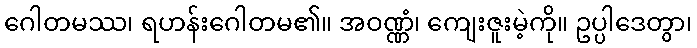
ဂေါတမဿ၊ ရဟန်းဂေါတမ၏။ အဝဏ္ဏံ၊ ကျေးဇူးမဲ့ကို။ ဥပ္ပါဒေတွာ၊